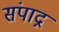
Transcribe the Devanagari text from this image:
संपाद्न